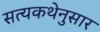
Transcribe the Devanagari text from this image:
सत्यकथेनुसार